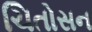
ચિતોસન